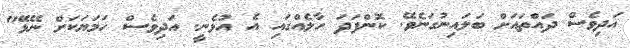
އަދިވެސް ދައްތައަށް ބަލައިނުގަނެވޭ. ކޮންފަދަ ހާލެއްގައި އެ އުޅެނީ. އަދިވެސް ހަމަޔަކަށް ނޭޅޭ"